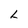
Character: L